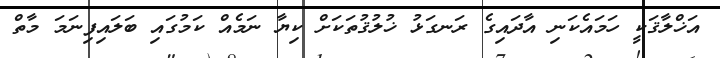
އަޚްލާޤަކީ ހަމައެކަނި އާދައިގެ ރަނގަޅު ޚުލުޤުތަކަށް ކިޔާ ނަމެއް ކަމުގައި ބަލައިފިނަމަ މާތް